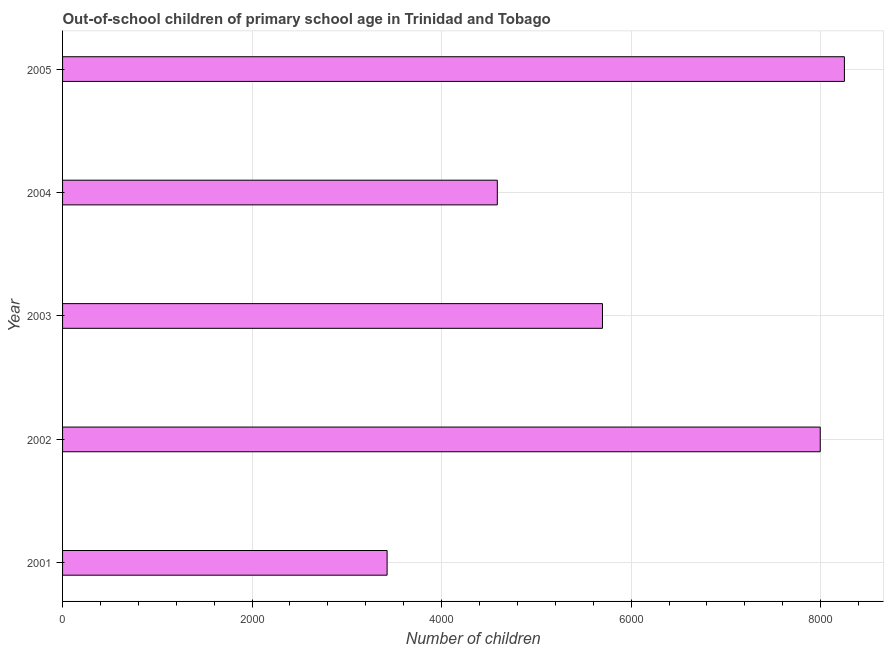
| Year | Out-of-school children of primary school age |
 | --- | --- |
 | 2001 | 3.42e+03 |
 | 2002 | 8e+03 |
 | 2003 | 5.7e+03 |
 | 2004 | 4.59e+03 |
 | 2005 | 8.25e+03 |